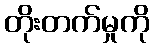
တိုးတက်မှုကို